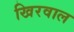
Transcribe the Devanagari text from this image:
खिरवाल